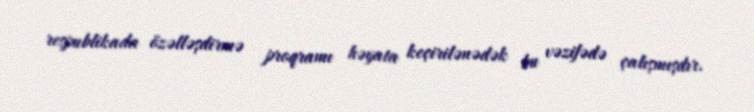
respublikada özəlləşdirmə proqramı həyata keçirilənədək bu vəzifədə çalışmışdır.